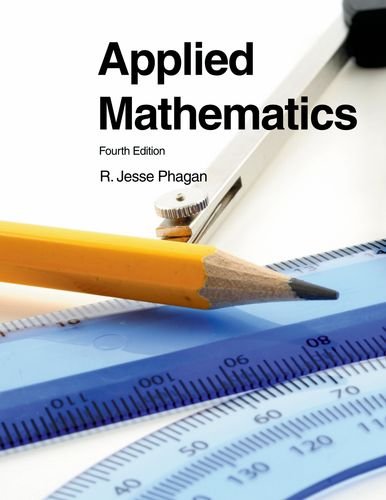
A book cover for Applied Mathematics; R. Jesse Phagan; Teen & Young Adult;